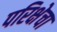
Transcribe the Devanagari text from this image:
परिक्षेचा